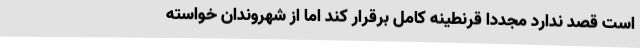
است قصد ندارد مجدداً قرنطینه کامل برقرار کند اما از شهروندان خواسته